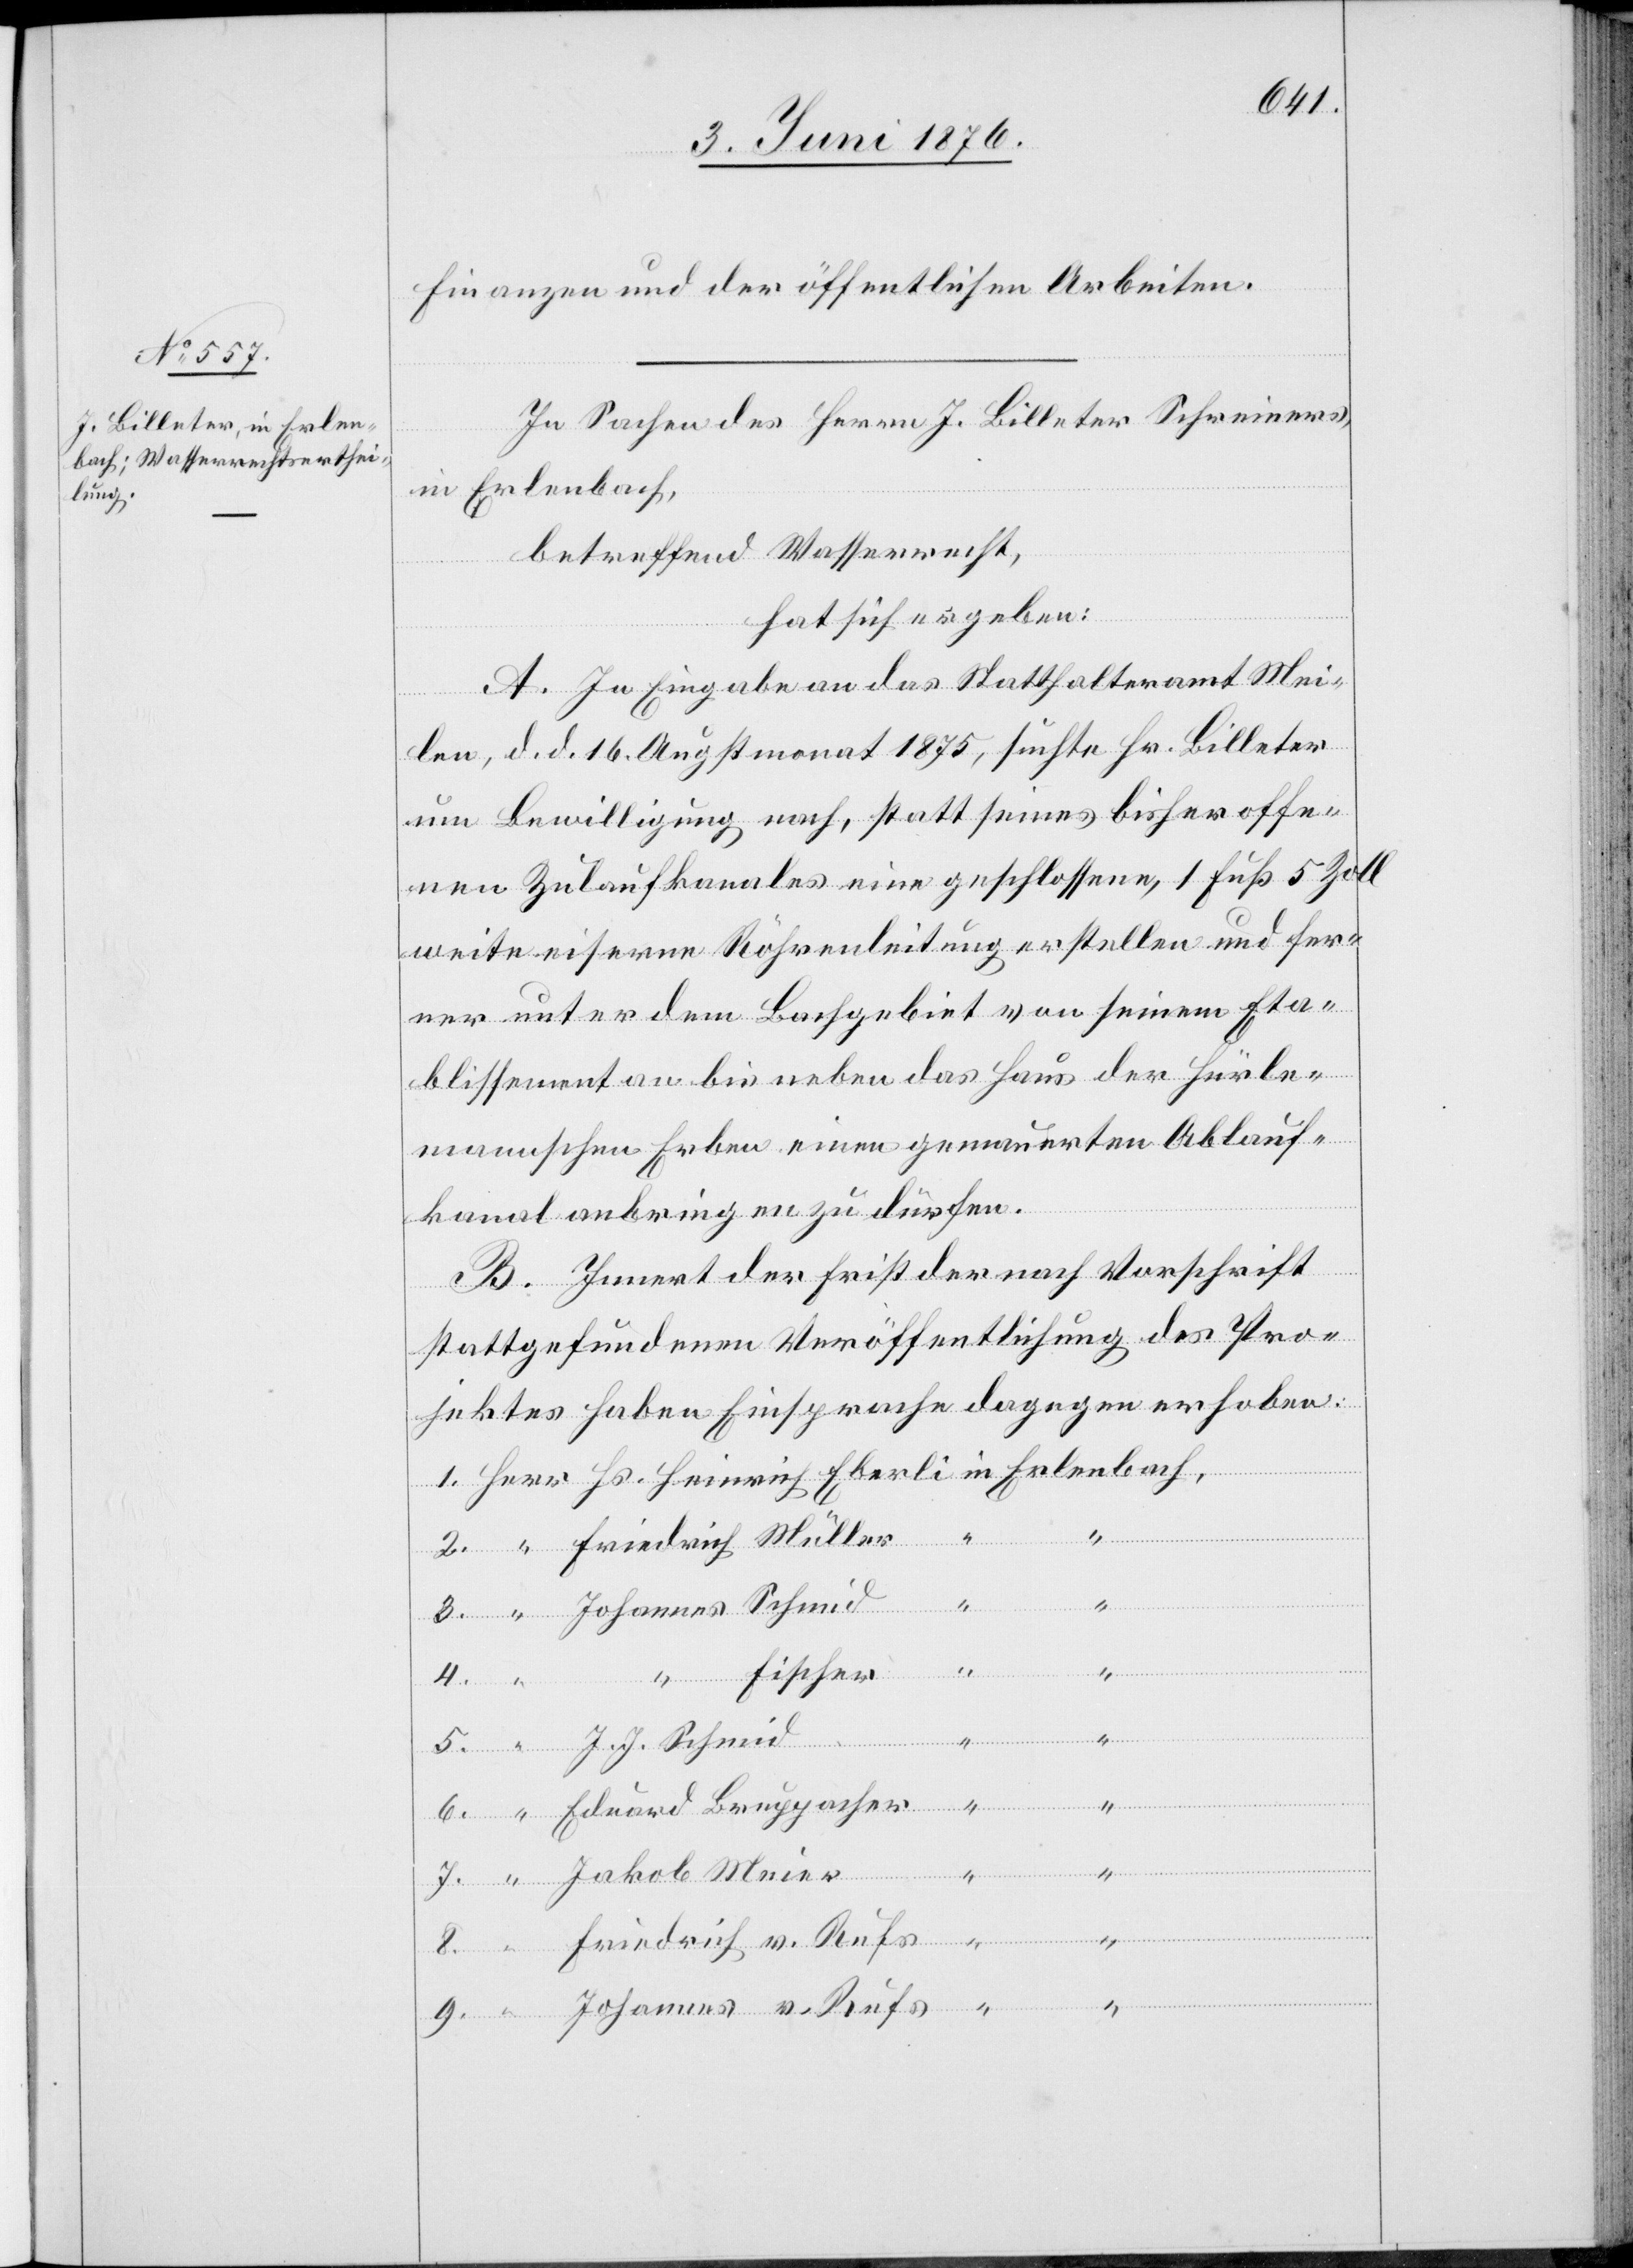
Finanzen und öffentlichen Arbeiten.
In Sachen des Herrn J. Billeter Schreiners,
Erlenbach,
betreffend Wasserrecht,
hat sich ergeben:
A. In Eingabe an das Statthalteramt Mei¬
6.
len, d. d. 16. Augstmonat 1875, suchte Hr. Billeter
um Bewilligung nach, statt seines bisher offe¬
nen Zulaufkanales eine geschlossene, 1 Fuß 5 Zoll
weite eiserne Rohrleitung erstellen und fer¬
ner unter dem Bachgebiet von seinem Eta¬
blissement an bis neben das Haus der Hürle¬
mannschen Erben einen gemauerten Ablauf¬
kanal anbringen zu dürfen.
B. Innert der Frist der nach Vorschrift
stattgefundenen Veröffentlichung des Pro¬
jektes haben Einsprache dagegen erhoben:
Eduard
7.
Meier
J. J.
Johannes